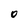
Character: O